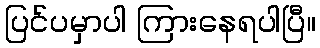
ပြင်ပမှာပါ ကြားနေရပါပြီ။